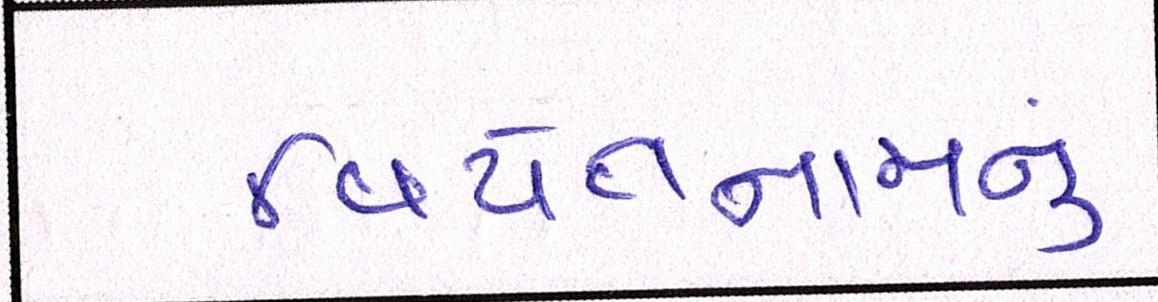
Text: વિયેતનામનું